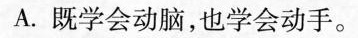
A.既学会动脑，也学会动手。